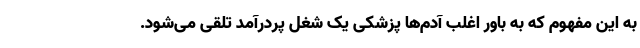
به این مفهوم که به باور اغلب آدم‌ها پزشکی یک شغل پردرآمد تلقی می‌شود.